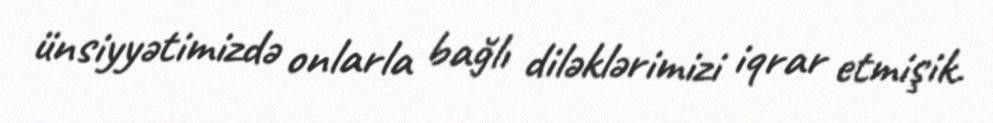
ünsiyyətimizdə onlarla bağlı diləklərimizi iqrar etmişik.